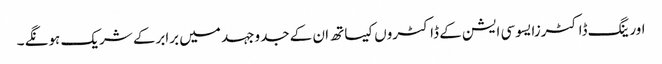
اورینگ ڈاکٹرزایسوسی ایشن کے ڈاکٹروں کیساتھ ان کے جدوجہد میں برابرکے شریک ہونگے ۔